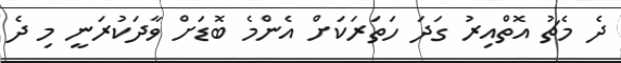
ދެ މެޗު އޮތްއިރު ގަދަ ހަތަރަކަށް އެންމެ ބޮޑަށް ވާދަކުރަނީ މި ދެ